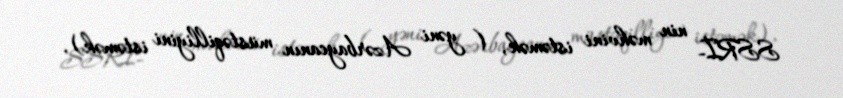
SSRİ- nin məhvini istəmək, ( yəni Azərbaycanın müstəqilliyini istəmək),